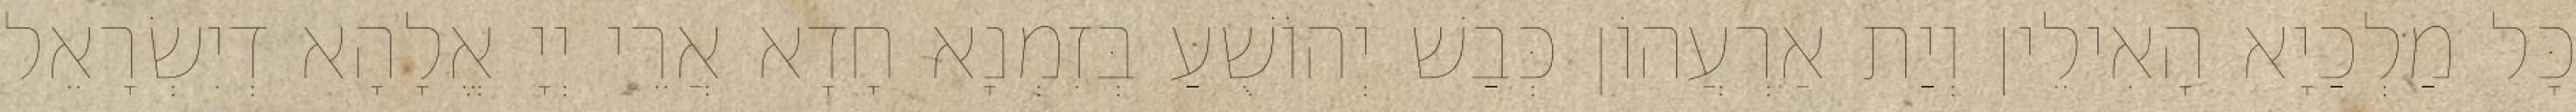
כָּל מַלְכַיָא הָאִילֵין וְיַת אַרְעֲהוֹן כְּבַשׁ יְהוֹשֻׁעַ בְּזִמְנָא חָדָא אֲרֵי יְיָ אֱלָהָא דְיִשְׂרָאֵל